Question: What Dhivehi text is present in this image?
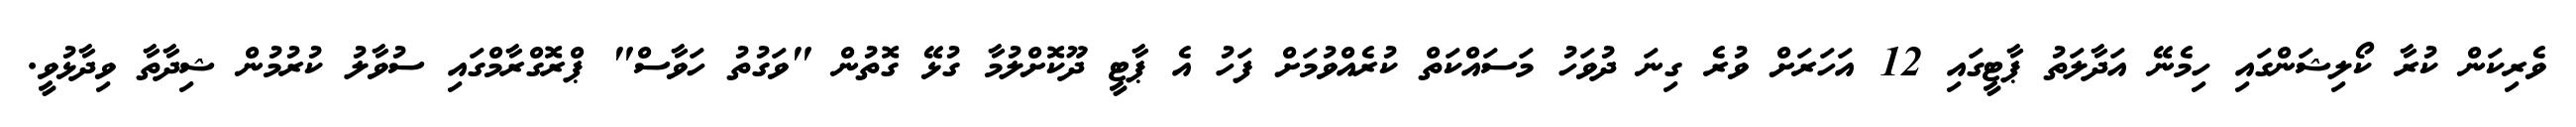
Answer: ވެރިކަން ކުރާ ކޯލިޝަންގައި ހިމެނޭ އަދާލަތު ޕާޓީގައި 12 އަހަރަށް ވުރެ ގިނަ ދުވަހު މަސައްކަތް ކުރެއްވުމަށް ފަހު އެ ޕާޓީ ދޫކޮށްލުމާ ގުޅޭ ގޮތުން "ވަގުތު ހަވާސް" ޕްރޮގްރާމްގައި ސުވާލު ކުރުމުން ޝިދާތާ ވިދާޅުވީ.